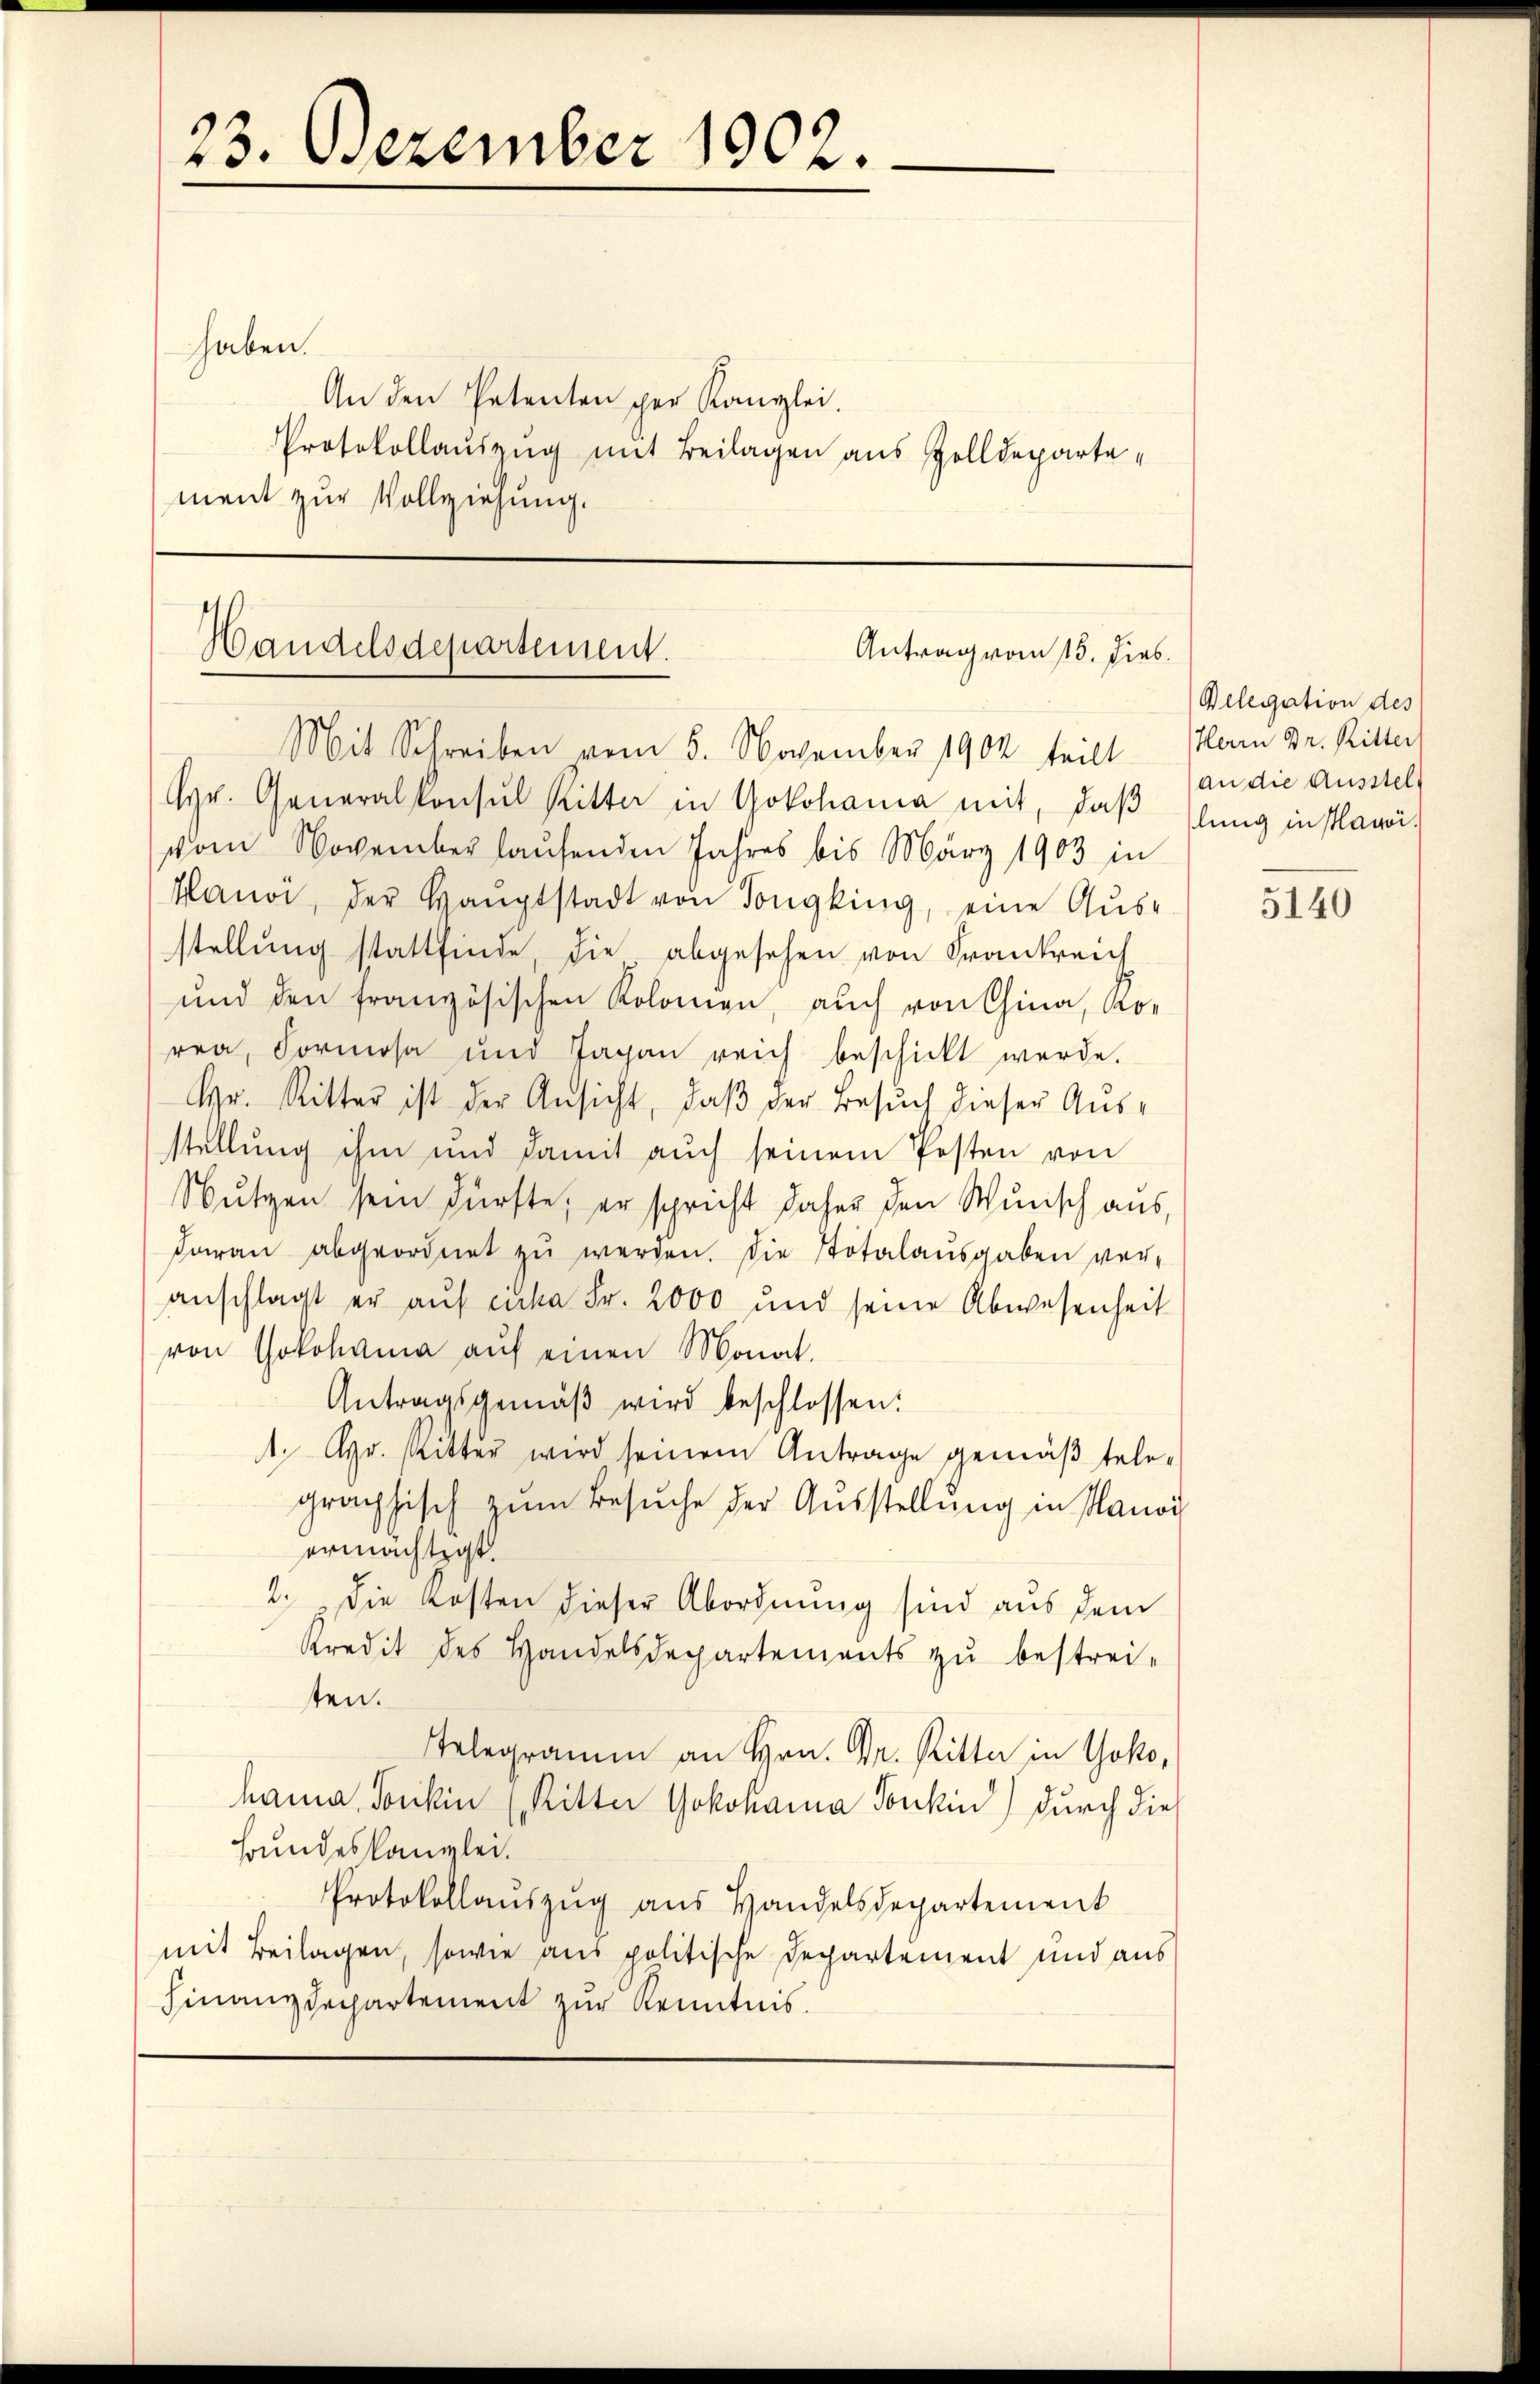
23. Dezember 1902.

haben.
An den Petenten per Kanzlei.
Protokollauszug mit Beilagen aus Zolldepartement zur Vollziehung.

Handelsdepartement.
Antrag vom 15. Dies
Mit Schreiben vom 5. November 1902 teilt Plan Dr. Ritter

Hr. Generalkonsul Ritter in Yokohama mit, daβ slung in slavoi
vom November laufenden Jahres bis März 1903 in
Hanoi, der Haŭptstadt von Tongking, eine Aus-
stellung stattfinde, die abgesehen von Frankreich
und den französischen Kolomen, auch von China, Ro-
rea, Formosa und Japan reich beschickt werde.
Hr. Ritter ist der Ansicht, daβ der Besŭch dieser Aŭs-
stellung ihm und damit auch seinem Posten von
Nutzen sein Fürste, er spricht daher den Wunsch aus,
daran abgeordnet zŭ werden. Die Totalausgaben ver-
anschlagt er auf Luka Fr. 2000 und seine Abwesenheit
von Jokohama aŭf einen Monat.
Antragsgemäβ wird beschlossen:
1. Apr. Ritter wird seinem Antrage gemäβ tele-
graphisch zum Besuche der Ausstellung in Manoj
ermächtigt.
2. Die Kosten dieser Abordnung sind aus dem
Kredit des Handelsdepartements zŭ bestrei-
ten.
Telegramm an Hrn. Dr. Ritte in Yoko,
hanna, Tonkin (Ritter Yokohanna Tonki) durch die
Bundeskanzlei.
Protokollauszug aus Handelsdepartement
mit Beilagen, sowie aus politische Departement und aus
Finanzdepartement zur Kenntnis.

Belegation des
an die Ausstel

5140